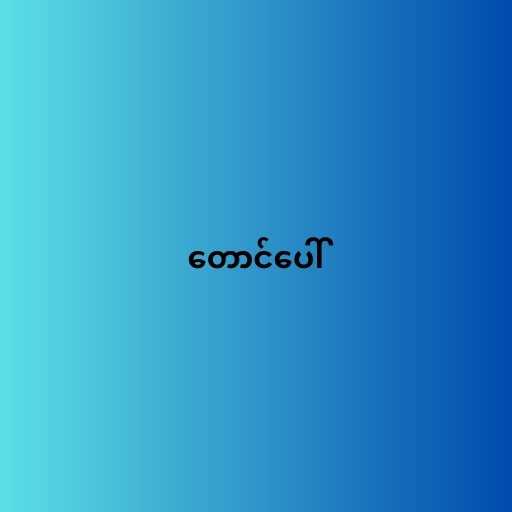
တောင်ပေါ်